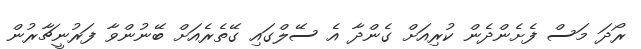
ރޯދަ މަސް ފެށެންދެން ކުރިއަށް ގެންދާ އެ ސޭލްގައި ގޭތެރެއަށް ބޭނުންވާ ފަރުނީޗާރުން